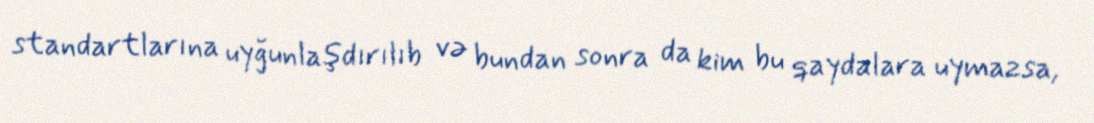
standartlarına uyğunlaşdırılıb və bundan sonra da kim bu qaydalara uymazsa,